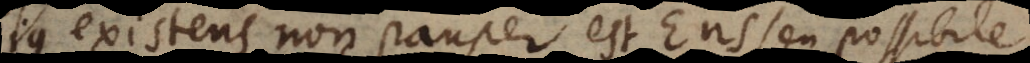
Pius existens non pauper est Ens seu possibile.